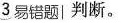
3易错题|判断。